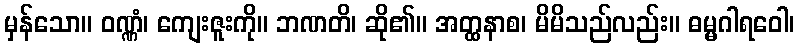
မှန်သော။ ဝဏ္ဏံ၊ ကျေးဇူးကို။ ဘဏတိ၊ ဆို၏။ အတ္ထနာစ၊ မိမိသည်လည်း။ ဓမ္မဂါရဝေါ၊